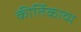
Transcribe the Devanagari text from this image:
कीर्तिकाव्य